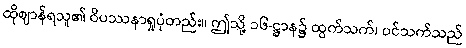
ထိုဈာန်ရသူ၏ ဝိပဿနာရှုပုံတည်း။ ဤသို့ ၁၆-ဋ္ဌာန၌ ထွက်သက်၊ ဝင်သက်သည်